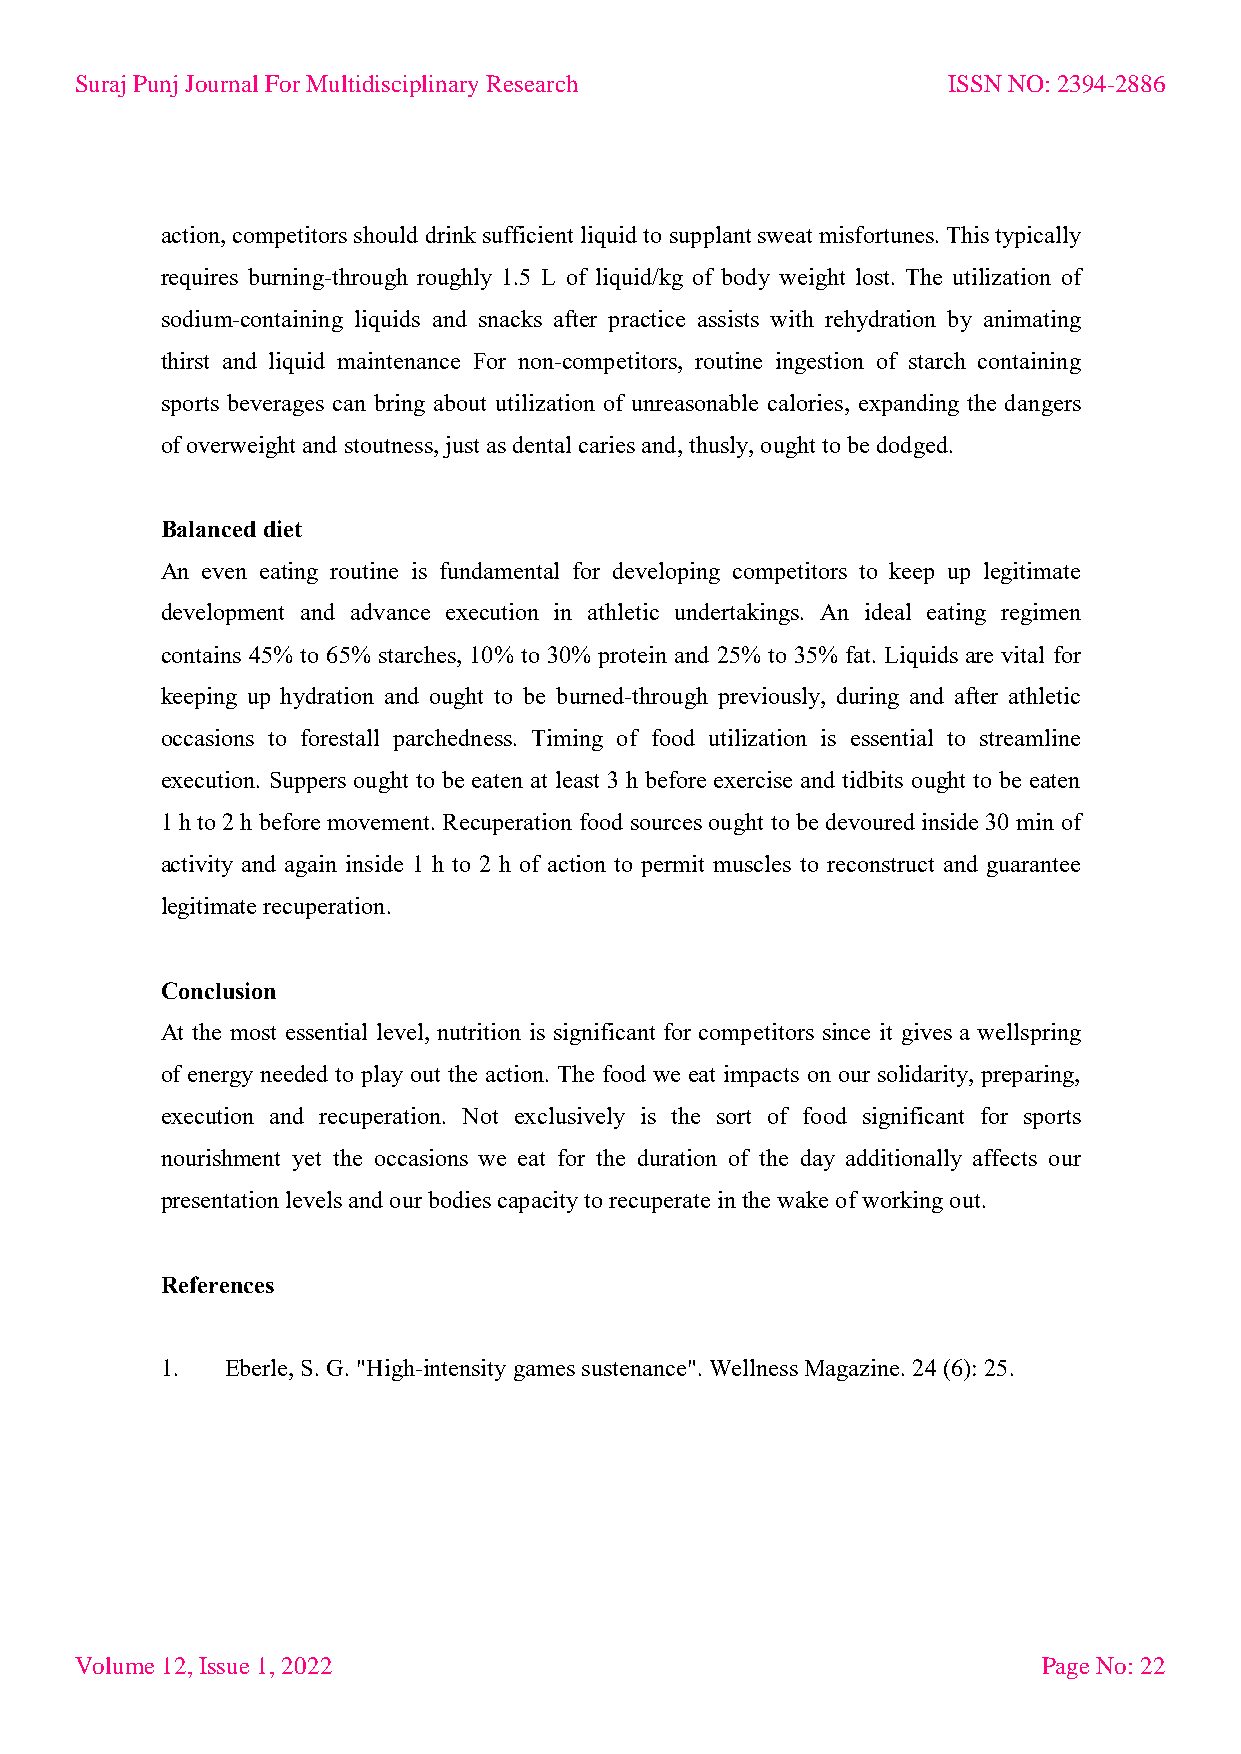
Suraj Punj Journal For Multidisciplinary Research         ISSN NO: 2394-2886
 action, competitors should drink sufficient liquid to supplant sweat misfortunes. This typically
 requires burning-through roughly 1.5 L of liquid/kg of body weight lost. The utilization of
 sodium-containing liquids and snacks after practice assists with rehydration by animating
 thirst and liquid maintenance For non-competitors, routine ingestion of starch containing
 sports beverages can bring about utilization of unreasonable calories, expanding the dangers
 of overweight and stoutness, just as dental caries and, thusly, ought to be dodged.
 Balanced diet
 An even eating routine is fundamental for developing competitors to keep up legitimate
 development and advance execution in athletic undertakings. An ideal eating regimen
 contains 45% to 65% starches, 10% to 30% protein and 25% to 35% fat. Liquids are vital for
 keeping up hydration and ought to be burned-through previously, during and after athletic
 occasions to forestall parchedness. Timing of food utilization is essential to streamline
 execution. Suppers ought to be eaten at least 3 h before exercise and tidbits ought to be eaten
 1 h to 2 h before movement. Recuperation food sources ought to be devoured inside 30 min of
 activity and again inside 1 h to 2 h of action to permit muscles to reconstruct and guarantee
 legitimate recuperation.
 Conclusion
 At the most essential level, nutrition is significant for competitors since it gives a wellspring
 of energy needed to play out the action. The food we eat impacts on our solidarity, preparing,
 execution and recuperation. Not exclusively is the sort of food significant for sports
 nourishment yet the occasions we eat for the duration of the day additionally affects our
 presentation levels and our bodies capacity to recuperate in the wake of working out.
 References
 1.  Eberle, S. G. "High-intensity games sustenance". Wellness Magazine. 24 (6): 25.
 Volume 12, Issue 1, 2022                                        Page No: 22